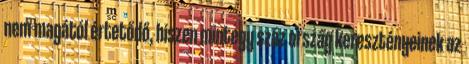
nem magától értetődő, hiszen mintegy száz ország keresztényeinek az